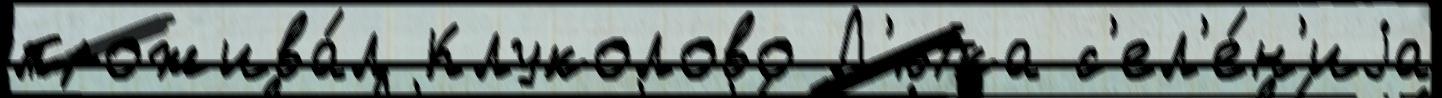
прожива́л Клуколово Л'ютка с'ел'е́н'иjа